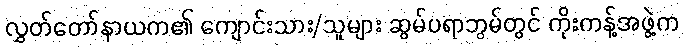
လွှတ်တော်နာယက၏ ကျောင်းသား/သူများ ဆွမ်ပရာဘွမ်တွင် ကိုးကန့်အဖွဲ့က